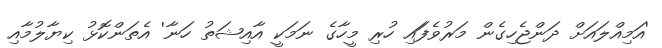
'އަމިއްލައަށް ދަންޖެހިގެން މަރުވެފަައި ހުރި މީހާގެ ނަމަކީ އާއިޝަތު ހަނާ' އެތަންކޮޅު ކިޔާލުމާއި